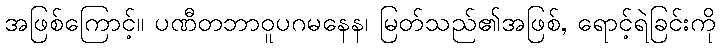
အဖြစ်ကြောင့်။ ပဏီတဘာဝူပဂမနေန၊ မြတ်သည်၏အဖြစ်, ရောင့်ရဲခြင်းကို